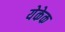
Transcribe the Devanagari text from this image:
येकेक